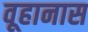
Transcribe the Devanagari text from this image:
वूहानास